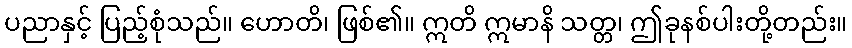
ပညာနှင့် ပြည့်စုံသည်။ ဟောတိ၊ ဖြစ်၏။ ဣတိ ဣမာနိ သတ္တ၊ ဤခုနစ်ပါးတို့တည်း။